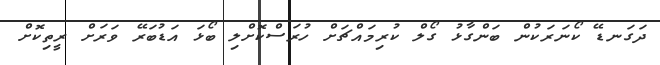
ދަގަނޑޭ ކޯނަރަކުން ބަންގާޅު ގޯލް ކުރިމައްޗަށް ހުރަސްކޮށްލި ބޯޅަ އަޑުބަރޭ ވަރަށް ރީތިކޮށް